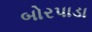
બોરપાડા